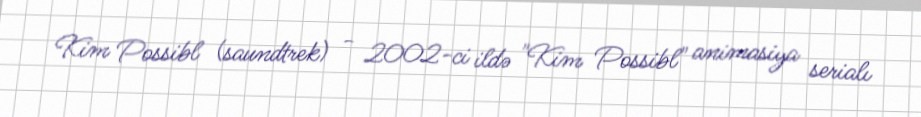
Kim Possibl (saundtrek) - 2002-ci ildə "Kim Possibl" animasiya serialı